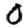
Digit: 0